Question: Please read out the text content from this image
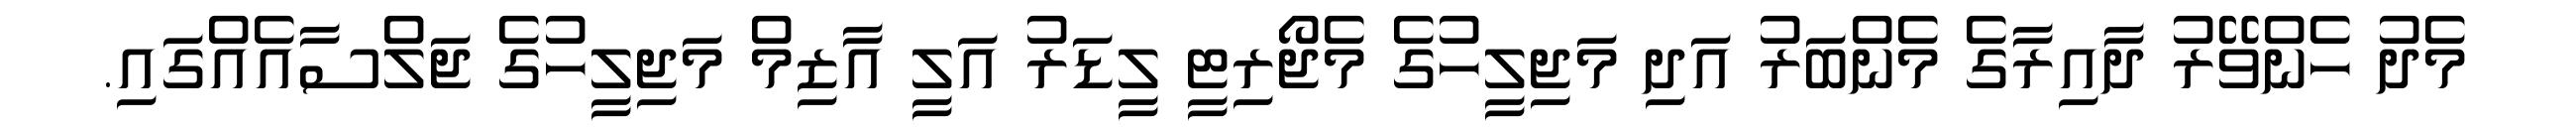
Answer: މެދު ހެންވޭރު ދާއިރާގެ މެންބަރު އަދި މަޖިލީހުގެ މެޖޯރިޓީ ލީޑަރު އަލީ އާޒިމް މަޖިލީހުގެ ޖަލްސާއެއްގައި.